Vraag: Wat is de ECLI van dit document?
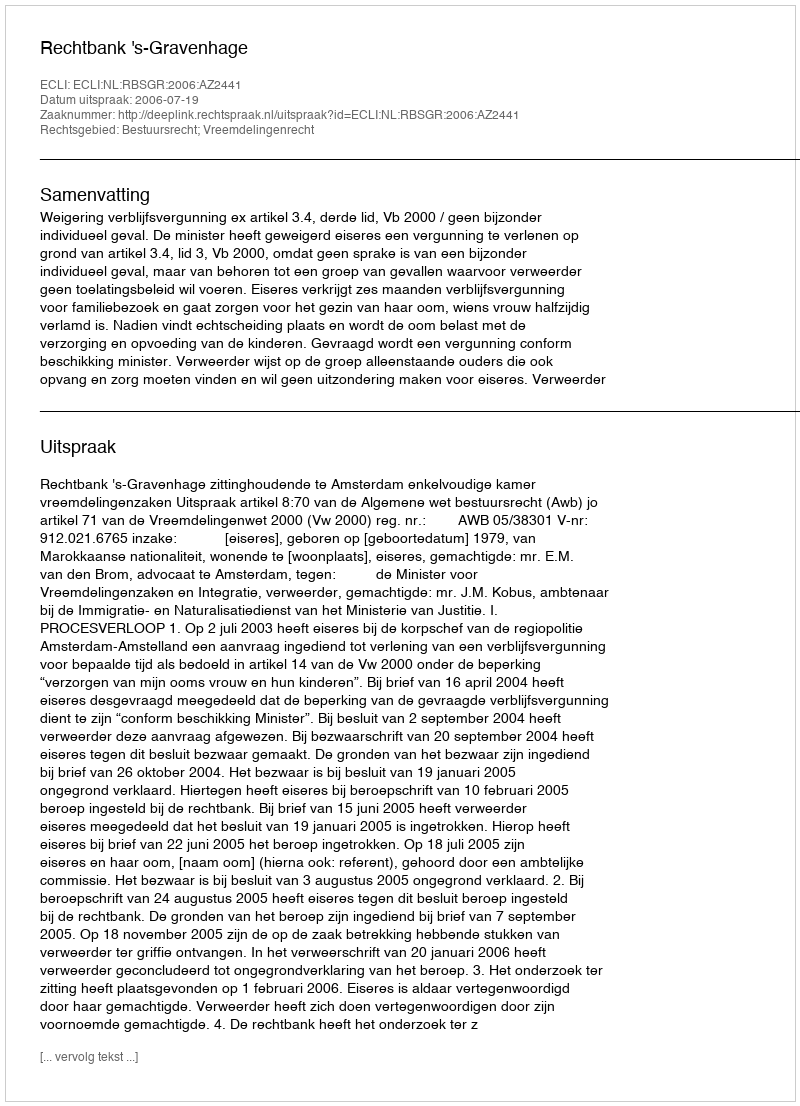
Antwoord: ECLI:NL:RBSGR:2006:AZ2441